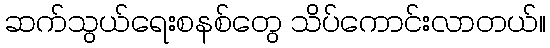
ဆက်သွယ်ရေးစနစ်တွေ သိပ်ကောင်းလာတယ်။